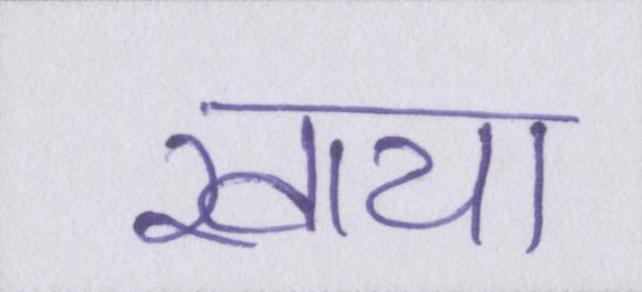
खाया